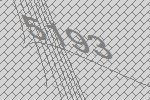
5193